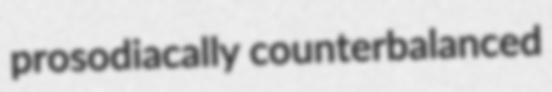
prosodiacally counterbalanced